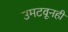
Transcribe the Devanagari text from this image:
उमटवूनही